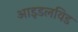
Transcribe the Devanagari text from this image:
आइडलविड